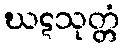
ဃဋသုတ္တံ